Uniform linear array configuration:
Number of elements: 64
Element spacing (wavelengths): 0.5
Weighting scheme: uniform
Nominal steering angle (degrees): -30
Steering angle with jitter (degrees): -28.085
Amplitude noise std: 0.05
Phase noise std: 0.05

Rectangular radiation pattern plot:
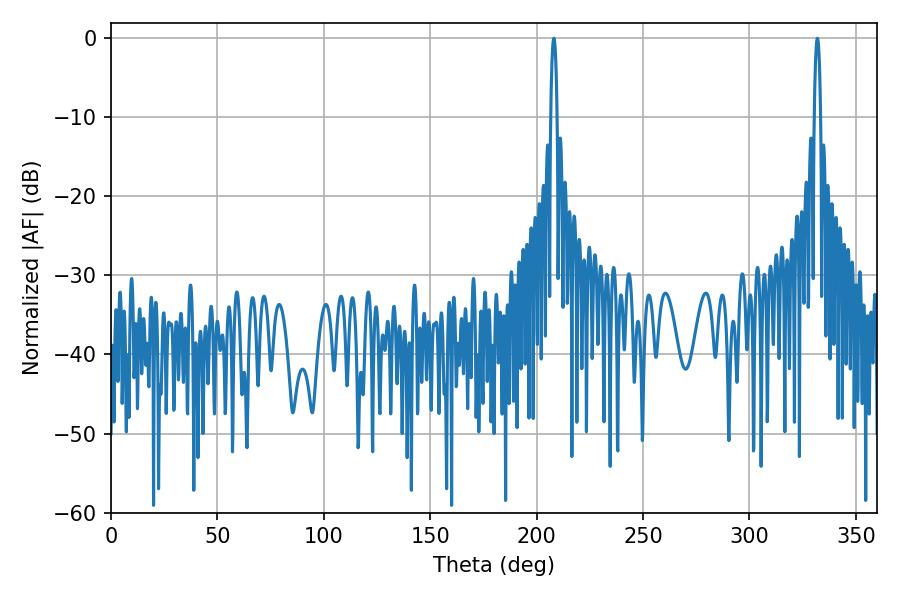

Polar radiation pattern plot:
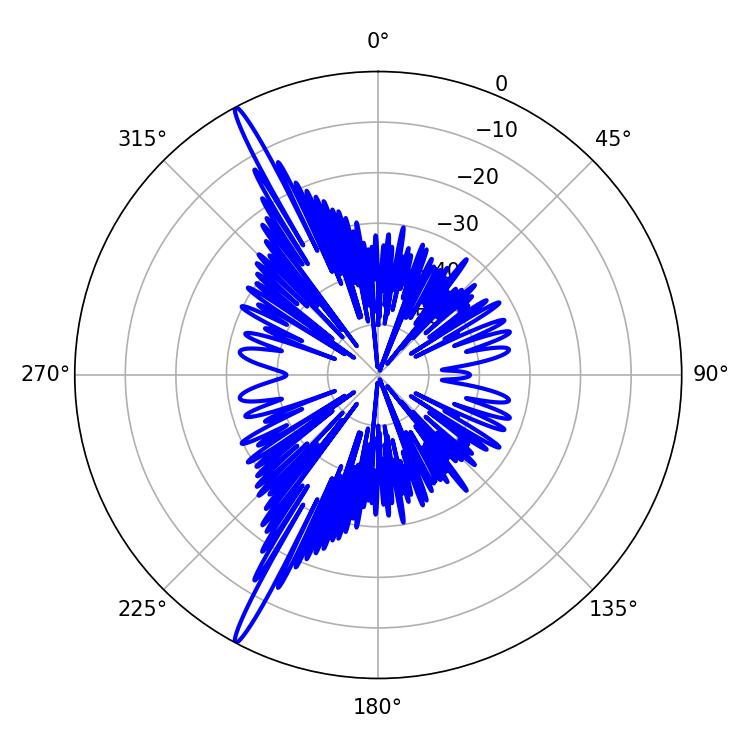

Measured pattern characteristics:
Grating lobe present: FALSE
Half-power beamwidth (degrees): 1.62
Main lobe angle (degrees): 208.08